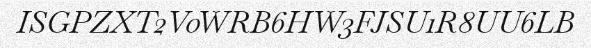
ISGPZXT2V0WRB6HW3FJSU1R8UU6LB